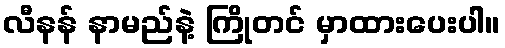
လီနန် နာမည်နဲ့ ကြိုတင် မှာထားပေးပါ။